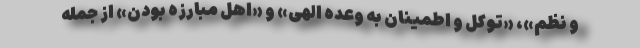
و نظم»، «توکل و اطمینان به وعده الهی» و «اهل مبارزه بودن» از جمله